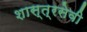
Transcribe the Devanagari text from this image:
शास्त्रसेवी